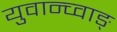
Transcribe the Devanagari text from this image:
युवान्च्वाङ्